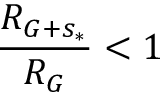
\frac { R _ { G + s _ { * } } } { R _ { G } } < 1